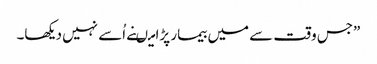
”جس وقت سے میں بیمار پڑا میںنے اُسے نہیں دیکھا۔